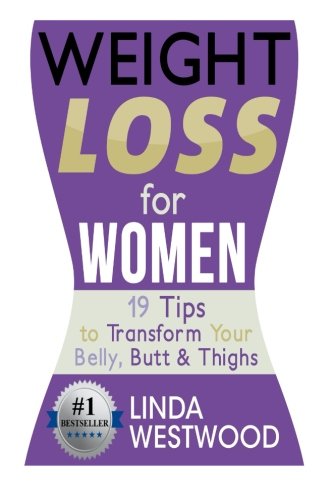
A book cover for Weight Loss For Women: 19 Tips to Transform Your Belly, Butt & Thighs; Linda Westwood; Health, Fitness & Dieting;